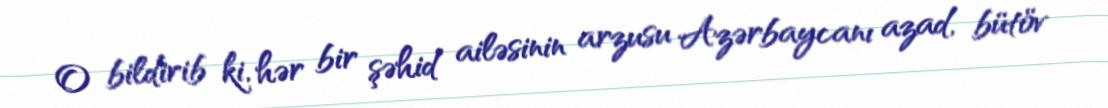
O bildirib ki, hər bir şəhid ailəsinin arzusu Azərbaycanı azad, bütöv